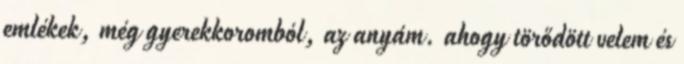
emlékek, még gyerekkoromból, az anyám. ahogy törődött velem és